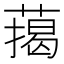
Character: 䔾